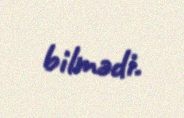
bilmədi.